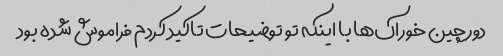
دورچین خوراک‌ها با اینکه تو توضیحات تاکید کردم فراموش شده بود